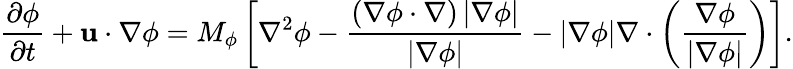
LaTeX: \frac{{\partial\phi}}{{\partial t}}+{\mathbf{u}}\cdot\nabla\phi={M_{\phi}}\left[{{\nabla^{2}}\phi-\frac{{\left({\nabla\phi\cdot\nabla}\right)\left|{\nabla\phi}\right|}}{{\left|{\nabla\phi}\right|}}-\left|{\nabla\phi}\right|\nabla\cdot\left({\frac{{\nabla\phi}}{{\left|{\nabla\phi}\right|}}}\right)}\right].